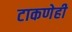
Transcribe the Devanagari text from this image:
टाकणेही